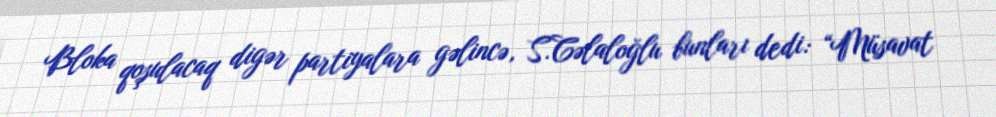
Bloka qoşulacaq digər partiyalara gəlincə, S.Cəlaloğlu bunları dedi: “Müsavat